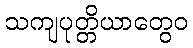
သကျပုတ္တိယာတွေဝ